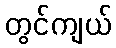
တွင်ကျယ်